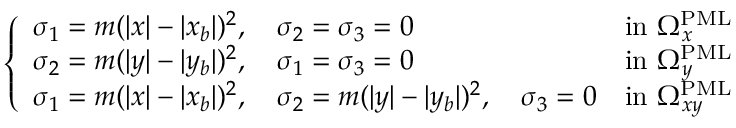
\left\{ \begin{array} { l l } { \sigma _ { 1 } = m ( | x | - | x _ { b } | ) ^ { 2 } , \quad \sigma _ { 2 } = \sigma _ { 3 } = 0 } & { \mathrm { i n ~ } \Omega _ { x } ^ { \mathrm { P M L } } } \\ { \sigma _ { 2 } = m ( | y | - | y _ { b } | ) ^ { 2 } , \quad \sigma _ { 1 } = \sigma _ { 3 } = 0 } & { \mathrm { i n ~ } \Omega _ { y } ^ { \mathrm { P M L } } } \\ { \sigma _ { 1 } = m ( | x | - | x _ { b } | ) ^ { 2 } , \quad \sigma _ { 2 } = m ( | y | - | y _ { b } | ) ^ { 2 } , \quad \sigma _ { 3 } = 0 } & { \mathrm { i n ~ } \Omega _ { x y } ^ { \mathrm { P M L } } } \end{array} \right.